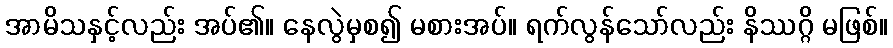
အာမိသနှင့်လည်း အပ်၏။ နေလွဲမှစ၍ မစားအပ်။ ရက်လွန်သော်လည်း နိဿဂ္ဂိ မဖြစ်။